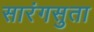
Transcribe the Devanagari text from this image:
सारंगसुता